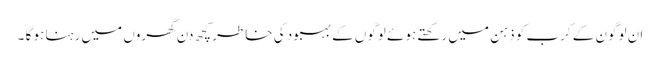
ان لوگون کے کرب کو ذہن میں رکھتے ہوئے لوگوں کے بہبود کی خاطر کچھ دن گھروں میں رہنا ہو گا ۔